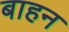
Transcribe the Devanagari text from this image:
बाहन